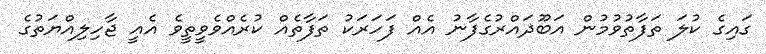
ގައިގެ ކުލަ ތަފާތުވުމުން އަބޫޛައްރުގެފާނު އެއް ފަހަރަކު ތަފާތެއް ކުރެއްވެވީތީވެ އެއީ ޖާހިލިއްޔަތުގެ